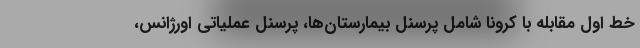
خط اول مقابله با کرونا شامل پرسنل بیمارستان‌ها، پرسنل عملیاتی اورژانس،